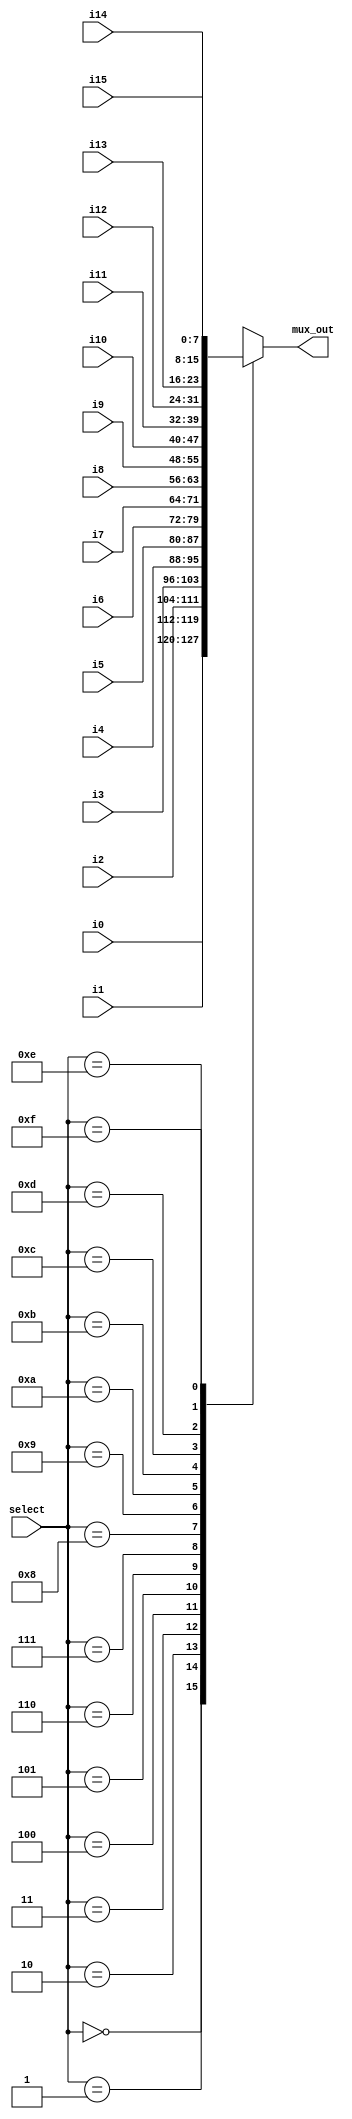
///////////////////////////////////////////////////////////////
//
// File: mux16_1_8bits
//
// Description:
//    This is a model of a 16:1 multiplexer used to direct various signals
//    within the Simple Computer to the LEDs.
//
// **************************************************************
// You are not permitted to modify this file.
// ****************************************************************
//  Created by Tom Martin 15 October 2012
//  Modified 3/2013 by P. Athanas
//
//
// mux16_1_8bits is a 16-to-1 mux that is 8 bits wide
// 

module mux16_1_8bits(mux_out, select, i15, i14, i13, i12, i11, i10, i9, i8, i7, i6, i5, i4, i3, i2, i1, i0);
   output [7:0] mux_out;
   input [3:0] select;
   input [7:0] i15, i14, i13, i12, i11, i10, i9, i8, i7, i6, i5, i4, i3, i2, i1, i0;
   
   
   reg [7:0] mux_out;
   // The syntax of the always statement is that i
   always @(select, i15, i14, i13, i12, i11, i10, i9, i8, i7, i6, i5, i4, i3, i2, i1, i0)
   begin   
      // x and z values are NOT treated as don't-care's
      case(select)
         4'd0: mux_out = i0;
         4'd1: mux_out = i1;
         4'd2: mux_out = i2;
         4'd3: mux_out = i3;
         4'd4: mux_out = i4;
         4'd5: mux_out = i5;
         4'd6: mux_out = i6;
         4'd7: mux_out = i7;
         4'd8: mux_out = i8;
         4'd9: mux_out = i9;
         4'd10: mux_out = i10;
         4'd11: mux_out = i11;
         4'd12: mux_out = i12;
         4'd13: mux_out = i13;
         4'd14: mux_out = i14;
         4'd15: mux_out = i15;
         // The default should never happen.
         default: mux_out = 8'bx;  
      endcase
    end
endmodule